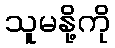
သူမနို့ကို